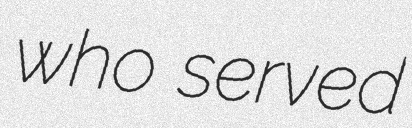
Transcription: who served